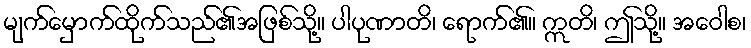
မျက်မှောက်ထိုက်သည်၏အဖြစ်သို့။ ပါပုဏာတိ၊ ရောက်၏။ ဣတိ၊ ဤသို့။ အဝေါစ၊